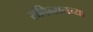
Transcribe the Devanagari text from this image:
रॉबिन्सनच्या